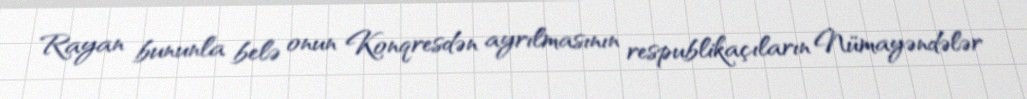
Rayan bununla belə onun Konqresdən ayrılmasının respublikaçıların Nümayəndələr